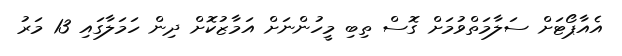
އެއާޕޯޓަށް ސަލާމަތްވުމަށް ގޮސް ތިބި މީހުންނަށް އަމާޒުކޮށް ދިން ހަމަލާގައި 13 މަރު